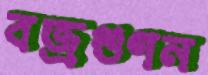
বজ্রগুণন